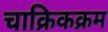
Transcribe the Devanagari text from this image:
चाक्रिकक्रम